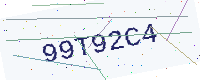
Text: 99T92C4